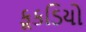
કૂકડિયો